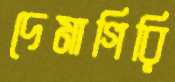
দেমাগিরি